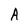
Character: A